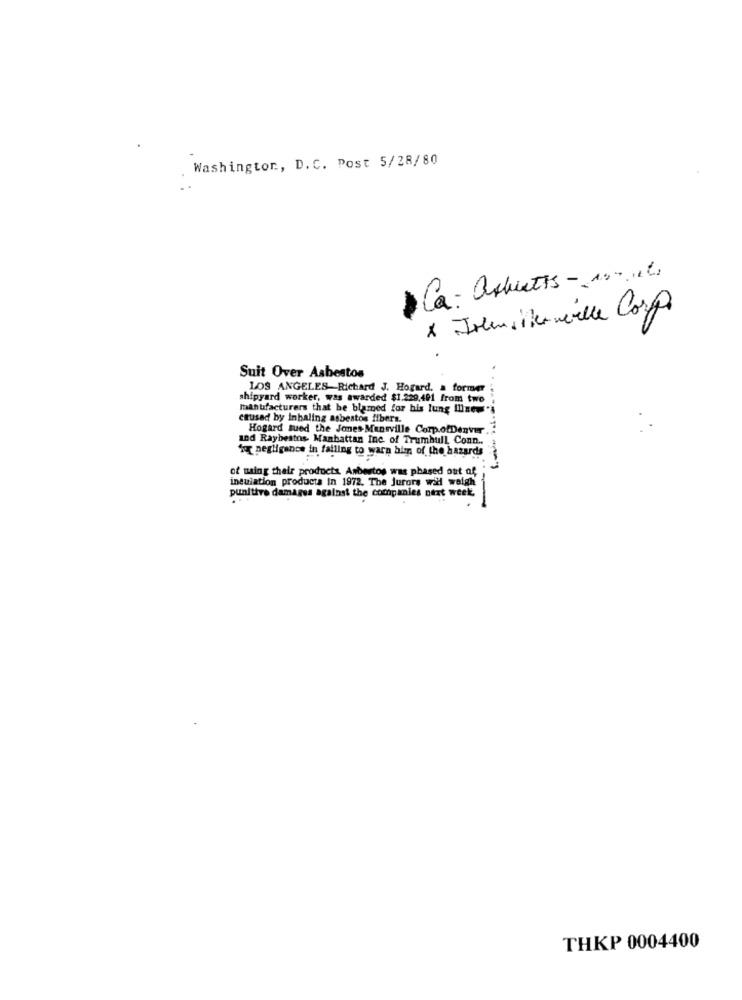
Washington, D.C. Post 5/28/80
Ca: assiettes- 1on 1l.
x Fremstemille Corpo
Suit Over Asbestos
LOS ANGELES-Richard J. Hogard, a former
shipyard worker, was awarded $1.229.491 from two
manufacturers that be blamed for his lung Illness
caused by Inhaling asbestos fibers.
Hogard sued the Jones Mansville Corp.ofDenver .
and Raybestos Manhattan Inc. of Trumbull, Conn ..
for negligence in failing to warn him of the hazards
of using their products Asbestos was phased out of
insulation products in 1972. The jurors will weigh
punitive damages against the companies next week.
THKP 0004400